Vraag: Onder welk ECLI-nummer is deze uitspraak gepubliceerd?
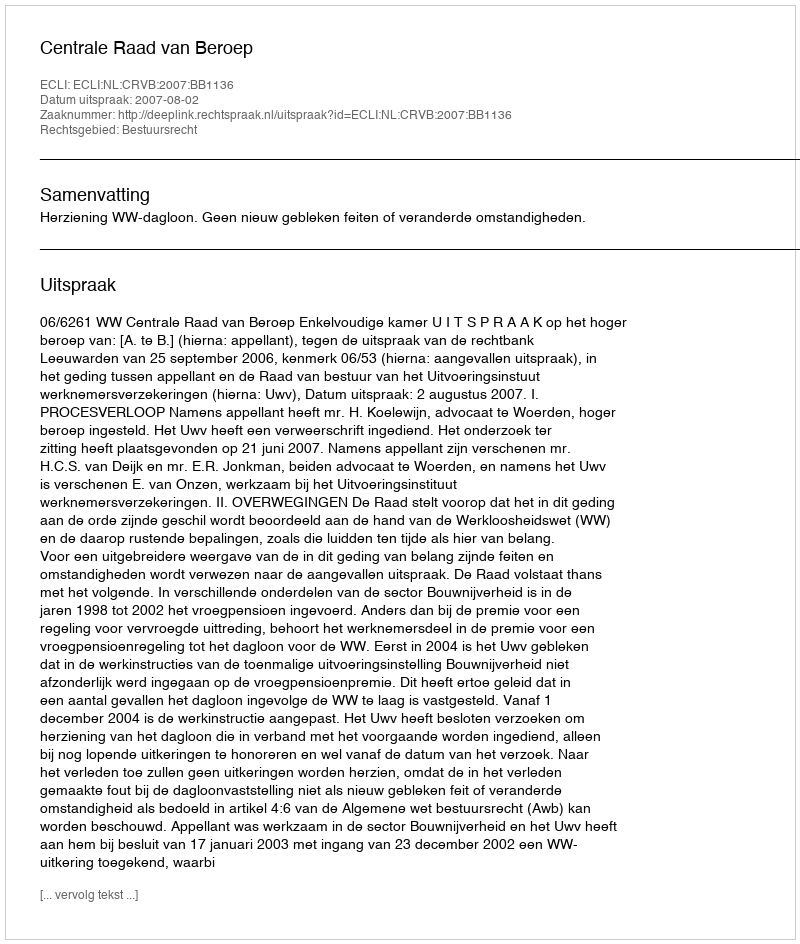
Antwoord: ECLI:NL:CRVB:2007:BB1136